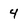
Character: 4